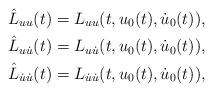
LaTeX: \begin{gather*} \hat{L}_{uu}(t) = L_{uu}(t,u_0(t), \dot{u}_0(t)), \\ \hat{L}_{u\dot{u}}(t) = L_{u\dot{u}}(t,u_0(t), \dot{u}_0(t)), \\ \hat{L}_{\dot{u}\dot{u}}(t)= L_{\dot{u}\dot{u}}(t,u_0(t), \dot{u}_0(t)),\end{gather*}